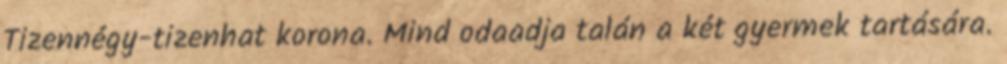
Tizennégy-tizenhat korona. Mind odaadja talán a két gyermek tartására.